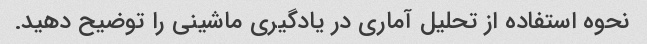
نحوه استفاده از تحلیل آماری در یادگیری ماشینی را توضیح دهید.